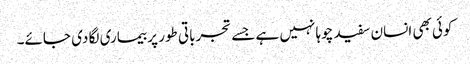
کوئی بھی انسان سفید چوہا نہیں ہے جسے تجرباتی طور پر بیماری لگا دی جائے۔